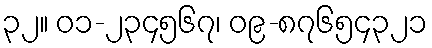
၃၂။ ၀၁-၂၃၄၅၆၇၊ ၀၉-၈၇၆၅၄၃၂၁